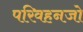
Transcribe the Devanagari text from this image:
परिवहनजो